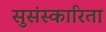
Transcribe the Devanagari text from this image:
सुसंस्कारिता